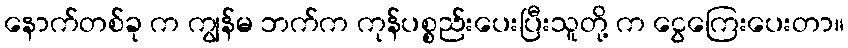
နောက်တစ်ခု က ကျွန်မ ဘက်က ကုန်ပစ္စည်းပေးပြီးသူတို့ က ငွေကြေးပေးတာ။